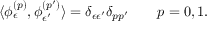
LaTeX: \langle \phi _ { \epsilon } ^ { ( p ) } , \phi _ { \epsilon ^ { \prime } } ^ { ( p ^ { \prime } ) } \rangle = \delta _ { \epsilon \epsilon ^ { \prime } } \delta _ { p p ^ { \prime } } \qquad p = 0 , 1 .